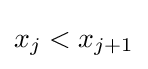
x_{j}<x_{j+1}